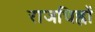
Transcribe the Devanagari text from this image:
राजचिह्रों